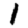
Digit: 1